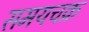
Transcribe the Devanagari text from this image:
समयचक्र